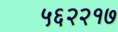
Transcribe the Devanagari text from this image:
५६२२१७